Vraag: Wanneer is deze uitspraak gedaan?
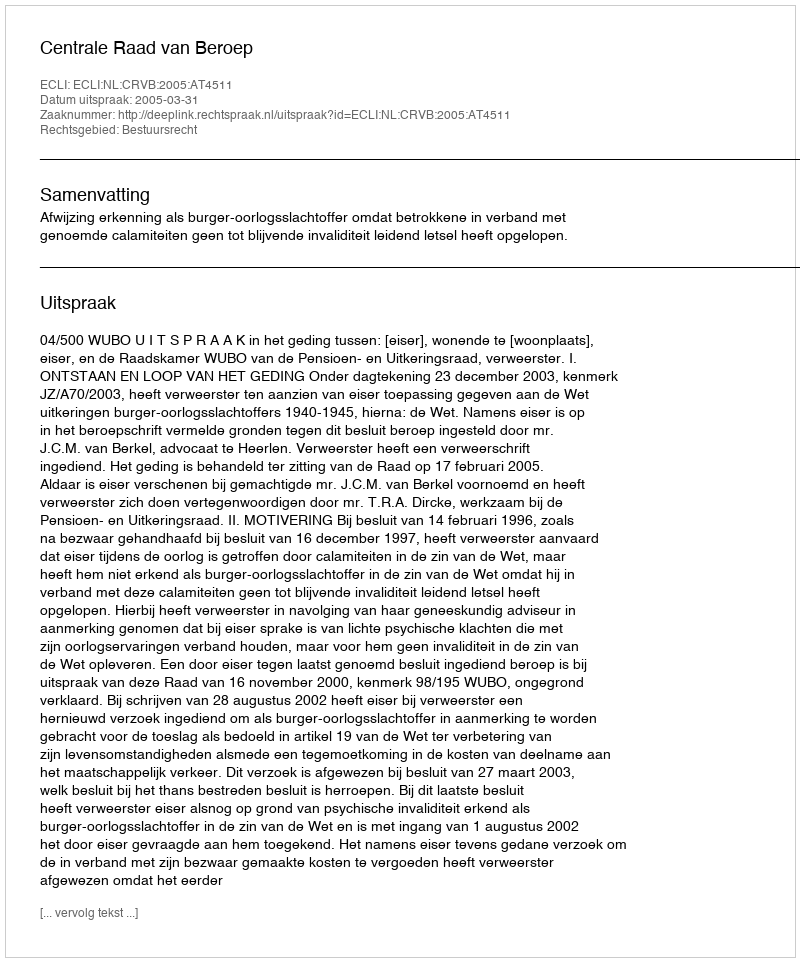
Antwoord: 2005-03-31